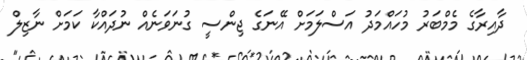
ދާއިރާގެ މެމްބަރު މުހައްމަދު އަސްލަމަށް އޭނަގެ ޖިންސީ ގުނަވަނެއް ނުދައްކާ ކަމަށް ނާޒިލް